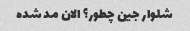
شلوار جین چطور؟ الان مد شده